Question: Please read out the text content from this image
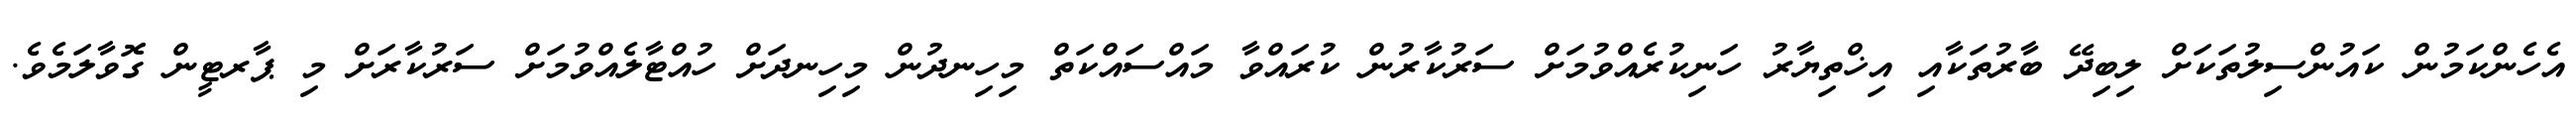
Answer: އެހެންކަމުން ކައުންސިލުތަކަށް ލިބިދޭ ބާރުތަކާއި އިޚްތިޔާރު ހަނިކުރެއްވުމަށް ސަރުކާރުން ކުރައްވާ މައްސައްކަތް މިހިނދުން މިހިނދަށް ހުއްޓާލެއްވުމަށް ސަރުކާރަށް މި ޕާރޓީން ގޮވާލަމެވެ.